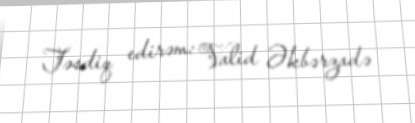
Təsdiq edirəm: Valid Əkbərzadə